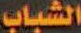
الشباب